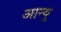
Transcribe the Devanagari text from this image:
आन्यु